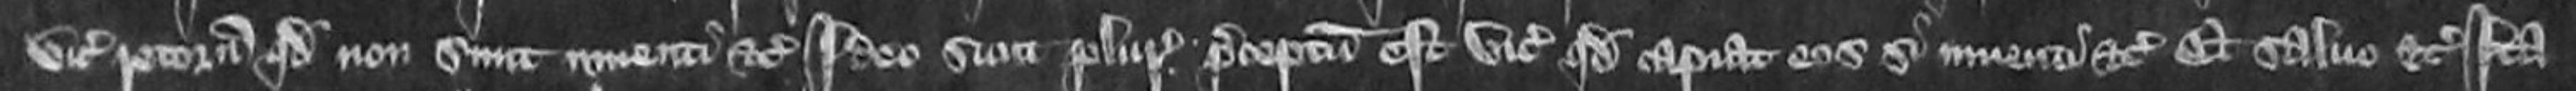
vicecomes retornavit quod non sunt inventi etc Ideo sicut pluries preceptum est vicecomiti quod capiat eos si inventi etc Et salvo etc Ita